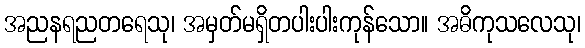
အညနရညတရေသု၊ အမှတ်မရှိတပါးပါးကုန်သော။ အဓိကုသလေသု၊